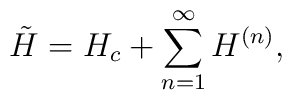
\tilde{H}=H_c+\sum_{n=1}^\infty H^{( n)},